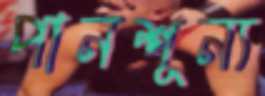
পানশূন্য